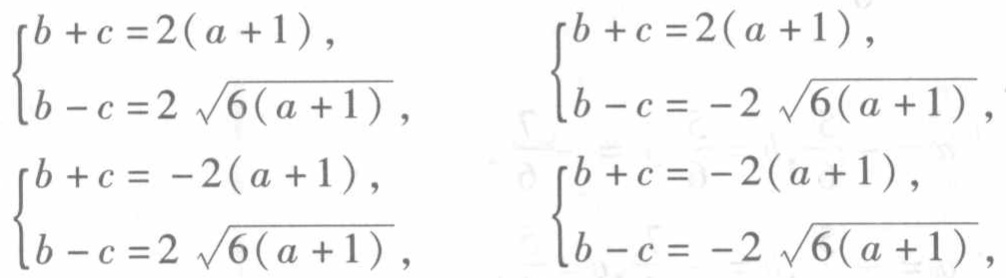
\(\begin{cases}b + c = 2(a + 1),\\b - c = 2\sqrt{6(a + 1)},\end{cases}\) \(\begin{cases}b + c = 2(a + 1),\\b - c = -2\sqrt{6(a + 1)},\end{cases}\) \(\begin{cases}b + c = -2(a + 1),\\b - c = 2\sqrt{6(a + 1)},\end{cases}\) \(\begin{cases}b + c = -2(a + 1),\\b - c = -2\sqrt{6(a + 1)},\end{cases}\)